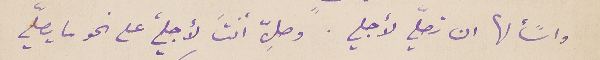
واسألها ان تصلّي لأجلي. وصلِّ أنتَ لأجلي، على نحو ما يصلّي